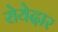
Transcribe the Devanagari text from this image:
रोयेदार